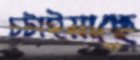
চটাইয়াছে